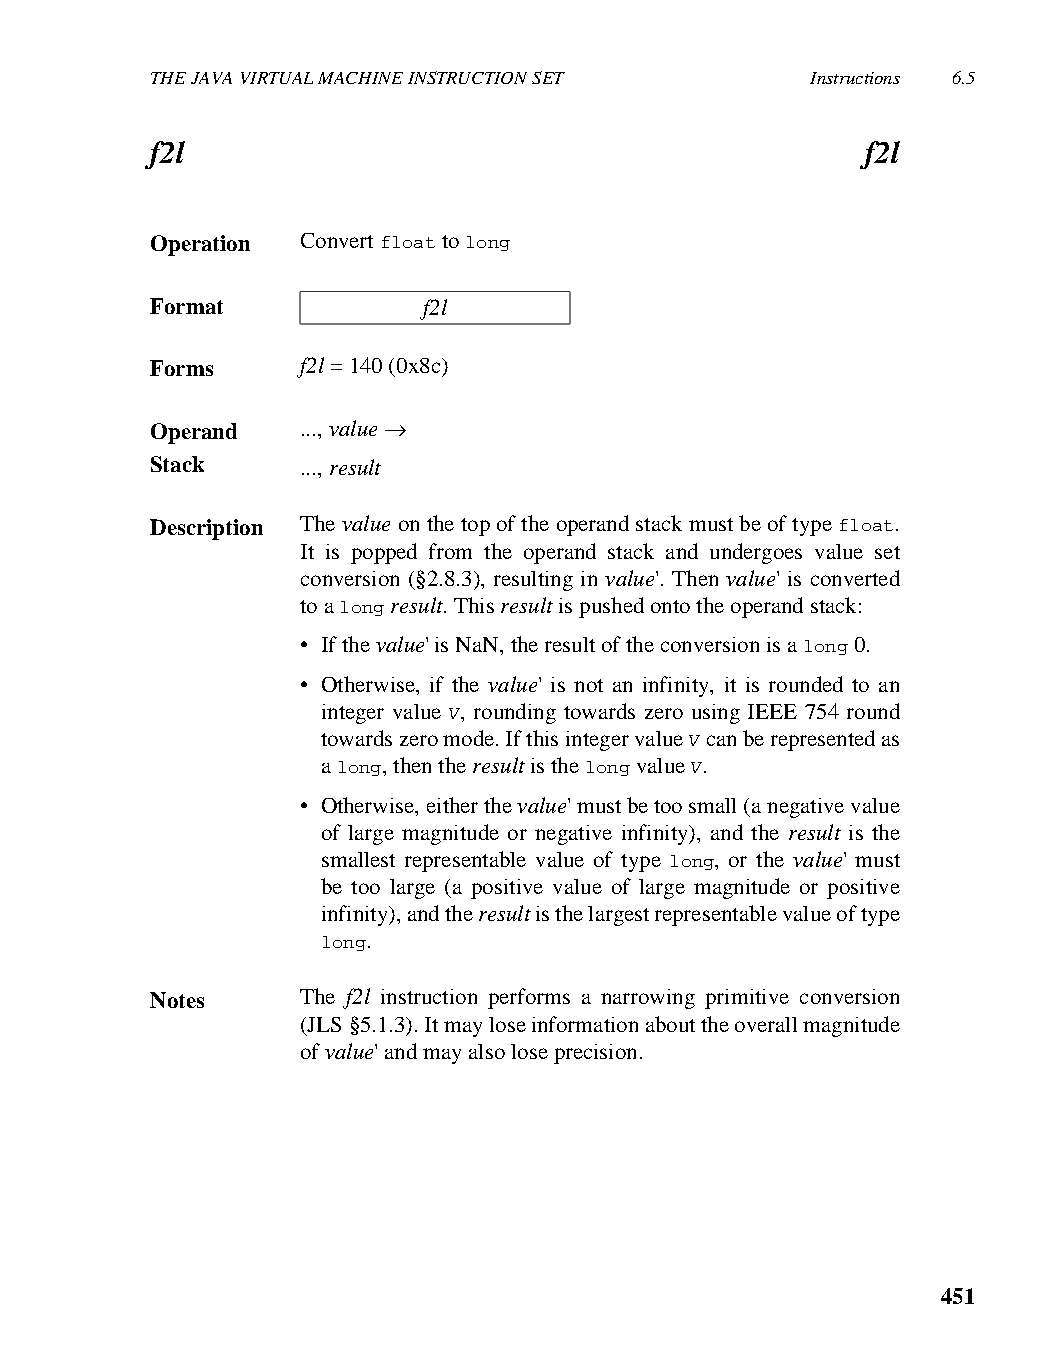
THE JAVA VIRTUAL MACHINE INSTRUCTION SET    Instructions 6.5
 f2l                                            f2l
 Operation Convert float to long
 Format            f2l
 Forms     f2l = 140 (0x8c)
 Operand   ..., value →
 Stack     ..., result
 Description The value on the top of the operand stack must be of type float.
 It is popped from the operand stack and undergoes value set
 conversion (§2.8.3), resulting in value'. Then value' is converted
 to a long result. This result is pushed onto the operand stack:
 • If the value' is NaN, the result of the conversion is a long 0.
 • Otherwise, if the value' is not an infinity, it is rounded to an
 integer value V, rounding towards zero using IEEE 754 round
 towards zero mode. If this integer value V can be represented as
 a long, then the result is the long value V.
 • Otherwise, either the value' must be too small (a negative value
 of large magnitude or negative infinity), and the result is the
 smallest representable value of type long, or the value' must
 be too large (a positive value of large magnitude or positive
 infinity), and the result is the largest representable value of type
 long.
 Notes     The f2l instruction performs a narrowing primitive conversion
 (JLS §5.1.3). It may lose information about the overall magnitude
 of value' and may also lose precision.
 451